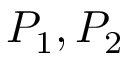
P _ { 1 } , P _ { 2 }